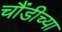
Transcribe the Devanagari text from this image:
चौंडीच्या